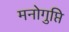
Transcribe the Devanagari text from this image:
मनोगुप्ति